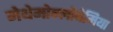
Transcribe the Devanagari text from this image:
मेथेमोग्लोबेमिया